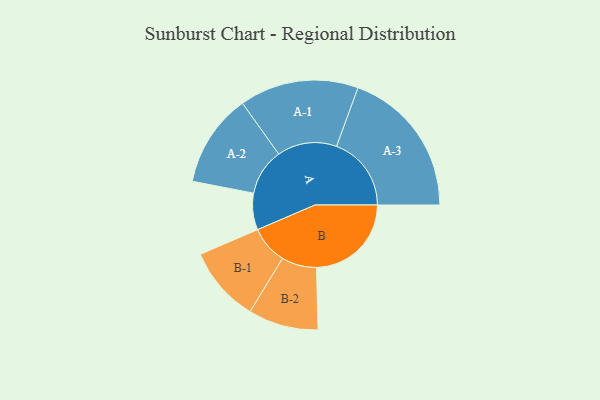
{"axis": {"x": "Segment", "y": "Value"}, "legend": ["", "A", "B"], "data": [{"x": "A", "y": 139, "type": ""}, {"x": "B", "y": 360, "type": ""}, {"x": "A-1", "y": 226, "type": "A"}, {"x": "A-2", "y": 177, "type": "A"}, {"x": "A-3", "y": 284, "type": "A"}, {"x": "B-1", "y": 144, "type": "B"}, {"x": "B-2", "y": 133, "type": "B"}]}